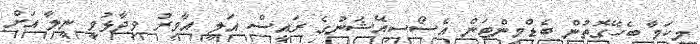
މިކަމާ ބެހޭގޮތުން ބެޑްމިންޓަން އެސޯސިއޭޝަނުގެ ރައީސް އަލީ އާމިރު ވިދާޅުވީ ނީލާ އަށް